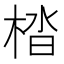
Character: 㭼